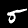
Label: 5